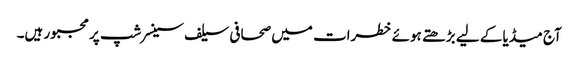
آج میڈیا کے لیے بڑھتے ہوئے خطرات میں صحافی سیلف سینسرشپ پر مجبور ہیں۔